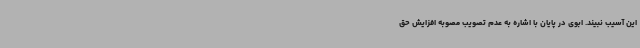
این آسیب نبیند. ابوی در پایان با اشاره به عدم تصویب مصوبه افزایش حق